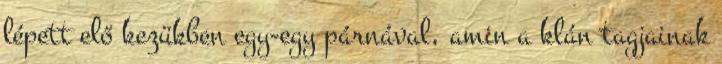
lépett elő kezükben egy-egy párnával, amin a klán tagjainak